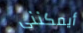
أيمكننى